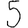
Digit: 5